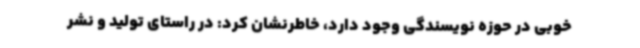
خوبی در حوزه نویسندگی وجود دارد، خاطرنشان کرد: در راستای تولید و نشر